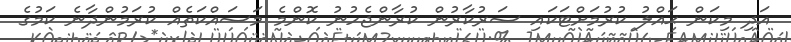
އަދި މިކަން ޙައްލު ކުރުމަށްޓަކައި ސަރުކާރުން ކުރާންޖެހުނު ކޮންމެ މަސައްކަތެއް ކުރަމުންދާނެ ކަމުގެ